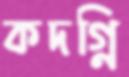
কদগ্নি